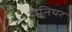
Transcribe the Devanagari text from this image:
मेनियर